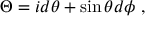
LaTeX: \Theta = i d \theta + \sin \theta d \phi \ ,